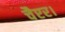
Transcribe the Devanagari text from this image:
चैप्टर।